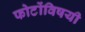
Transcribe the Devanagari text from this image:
फोटोंविषयी